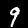
Label: 9